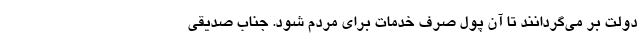
دولت بر می‌گردانند تا آن پول صرف خدمات برای مردم شود. جناب صدیقی